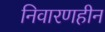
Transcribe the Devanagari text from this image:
निवारणहीन